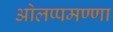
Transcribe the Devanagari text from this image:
ओलप्पमण्णा